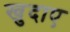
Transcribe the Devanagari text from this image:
खुदाए